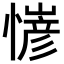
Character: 𢢋